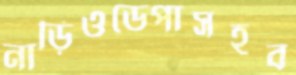
নাড়িওডেপাসহব